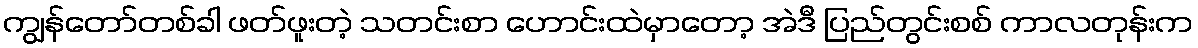
ကျွန်တော်တစ်ခါ ဖတ်ဖူးတဲ့ သတင်းစာ ဟောင်းထဲမှာတော့ အဲဒီ ပြည်တွင်းစစ် ကာလတုန်းက